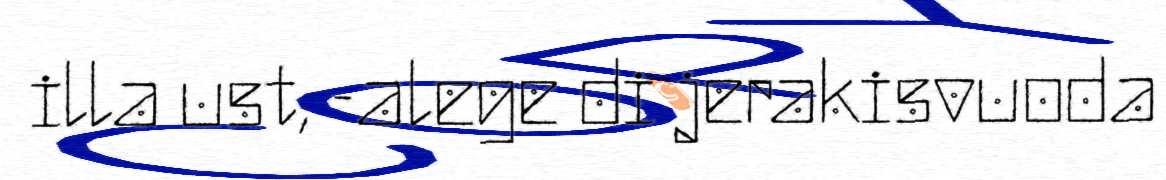
illa ust, -alege di jerakisvuoda